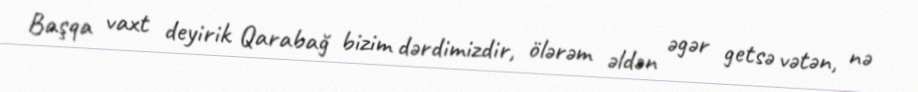
Başqa vaxt deyirik Qarabağ bizim dərdimizdir, ölərəm əldən əgər getsə vətən, nə